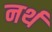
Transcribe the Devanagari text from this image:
नर्थ